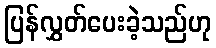
ပြန်လွှတ်ပေးခဲ့သည်ဟု